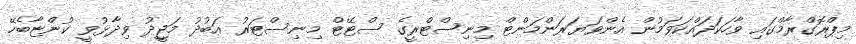
މިޕްރޮގްރާމްގައި ވާހަކަދައްކަވަމުން އެންވަޔަރަންމަންޓް މިނިސްޓްރީގެ ސްޓޭޓް މިނިސްޓަރު އަބުދު މަޖީދު ވިދާޅުވީ ކުންޏާބެހޭ